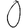
Digit: 0